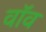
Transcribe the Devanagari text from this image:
वॉव